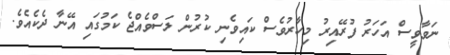
ނަވާވީސް އަހަރު ފުރޭއިރު މިހާރުވެސް ކައިވެނި ކުރުން ލަސްވެއްޖެ ކަމުގައި އޭނާ ދެކެއެވެ.